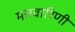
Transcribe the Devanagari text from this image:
मत्तवारिणी